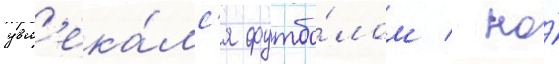
увл'ека́лс'я футбо́лом / но́